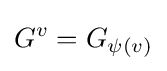
G^{v}=G_{\psi (v)}